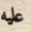
عليه